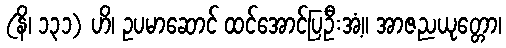
(နိ၊ ၁၃၁) ဟိ၊ ဥပမာဆောင် ထင်အောင်ပြဦးအံ့။ အာဇညယုတ္တော၊